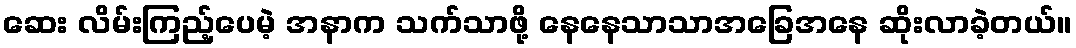
ဆေး လိမ်းကြည့်ပေမဲ့ အနာက သက်သာဖို့ နေနေသာသာအခြေအနေ ဆိုးလာခဲ့တယ်။